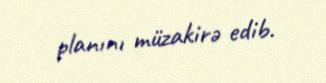
planını müzakirə edib.